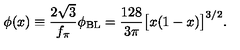
\phi ( x ) \equiv \frac { 2 \sqrt { 3 } } { f _ { \pi } } \phi _ { \mathrm { B L } } = \frac { 1 2 8 } { 3 \pi } \big [ x ( 1 - x ) \big ] ^ { 3 / 2 } .